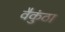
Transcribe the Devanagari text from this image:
वैकुंठा